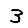
Digit: 3